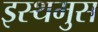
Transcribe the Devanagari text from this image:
इस्थमुस